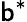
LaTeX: \mathsf{b}^{*}